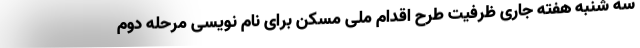
سه شنبه هفته جاری ظرفیت طرح اقدام ملی مسکن برای نام نویسی مرحله دوم